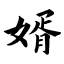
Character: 婿